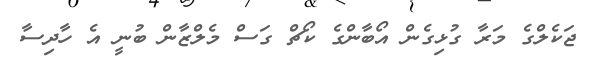
ޖަކެލްގެ މަރާ ގުޅިގެން އޯބާންގެ ކޯޗް ގަސް މެލްޒާން ބުނީ އެ ހާދިސާ